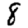
Digit: 8